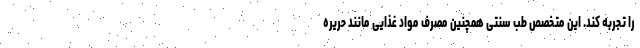
را تجربه کند. این متخصص طب سنتی همچنین مصرف مواد غذایی مانند حریره